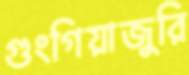
গুংগিয়াজুরি